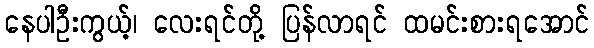
နေပါဦးကွယ့်၊ လေးရင်တို့ ပြန်လာရင် ထမင်းစားရအောင်